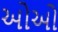
ઓઓ